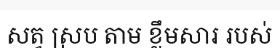
សត្វ ស្រប តាម ខ្លឹមសារ របស់